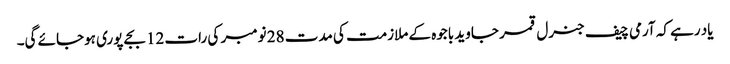
یاد رہے کہ آرمی چیف جنرل قمر جاوید باجوہ کے ملازمت کی مدت 28 نومبر کی رات 12 بجے پوری ہوجائے گی۔